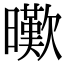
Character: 𣋸